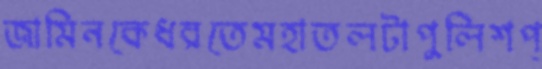
জামিনকেধরতেমহাতলটাপুলিশপ্